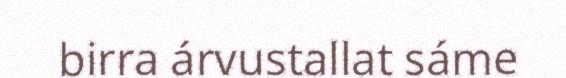
birra árvustallat sáme